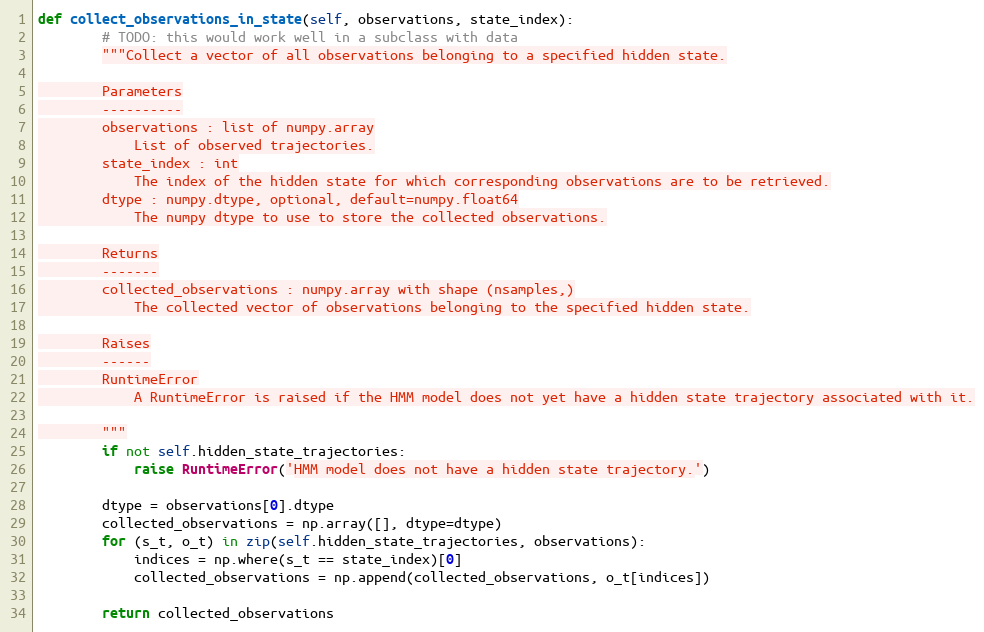
Language: Python
def collect_observations_in_state(self, observations, state_index):
        # TODO: this would work well in a subclass with data
        """Collect a vector of all observations belonging to a specified hidden state.

        Parameters
        ----------
        observations : list of numpy.array
            List of observed trajectories.
        state_index : int
            The index of the hidden state for which corresponding observations are to be retrieved.
        dtype : numpy.dtype, optional, default=numpy.float64
            The numpy dtype to use to store the collected observations.

        Returns
        -------
        collected_observations : numpy.array with shape (nsamples,)
            The collected vector of observations belonging to the specified hidden state.

        Raises
        ------
        RuntimeError
            A RuntimeError is raised if the HMM model does not yet have a hidden state trajectory associated with it.

        """
        if not self.hidden_state_trajectories:
            raise RuntimeError('HMM model does not have a hidden state trajectory.')

        dtype = observations[0].dtype
        collected_observations = np.array([], dtype=dtype)
        for (s_t, o_t) in zip(self.hidden_state_trajectories, observations):
            indices = np.where(s_t == state_index)[0]
            collected_observations = np.append(collected_observations, o_t[indices])

        return collected_observations